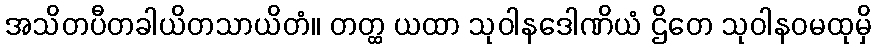
အသိတပီတခါယိတသာယိတံ။ တတ္ထ ယထာ သုဝါနဒေါဏိယံ ဌိတေ သုဝါနဝမထုမှိ